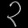
Digit: ၃